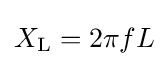
X_{\text{L}}=2\pi fL\!